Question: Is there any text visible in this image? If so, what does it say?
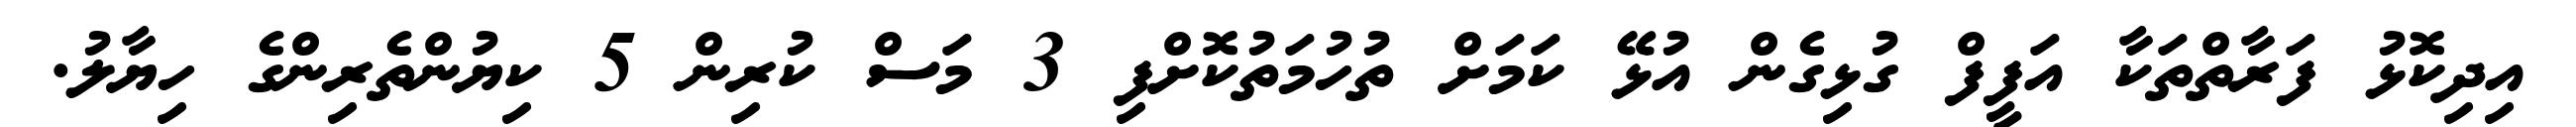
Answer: އިދިކޮޅު ފަރާތްތަކާ އަފީފް ގުޅިގެން އުޅޭ ކަމަށް ތުހުމަތުކޮށްފި 3 މަސް ކުރިން 5 ކިޔުންތެރިންގެ ހިޔާލު.